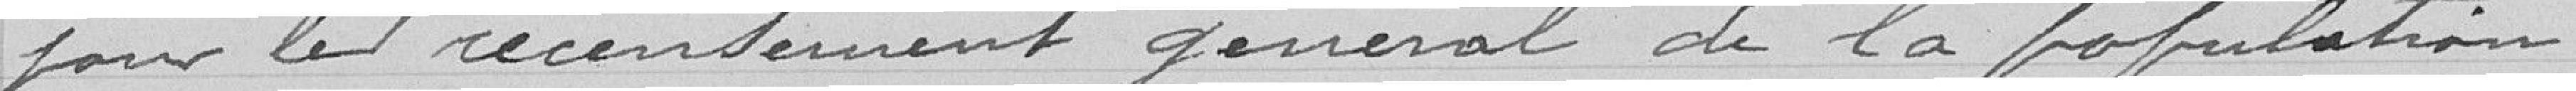
pour le recensement général de la population.